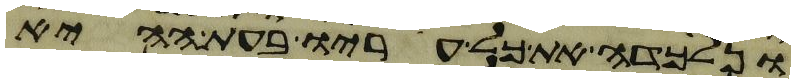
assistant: ונלכדה את כל עריו בעת ההיא